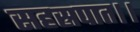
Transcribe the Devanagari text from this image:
सहस्रपात।।